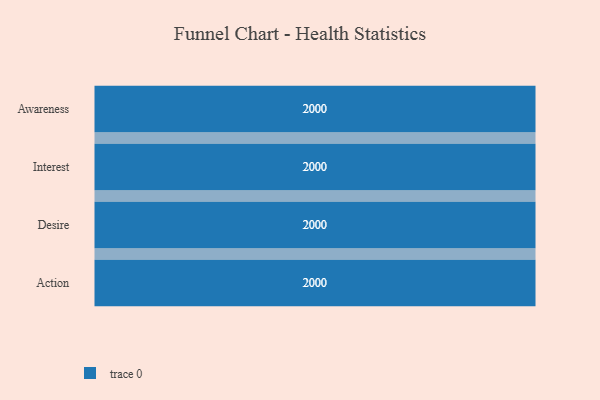
{"axis": {"x": "Stage", "y": "Value"}, "legend": [""], "data": [{"x": "Awareness", "y": 2000, "type": ""}, {"x": "Interest", "y": 2000, "type": ""}, {"x": "Desire", "y": 2000, "type": ""}, {"x": "Action", "y": 2000, "type": ""}]}